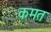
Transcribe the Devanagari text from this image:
कमत